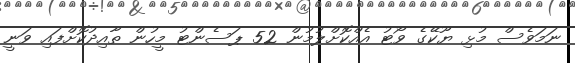
ނަމަވެސް މުޅި ޔޫކޭގެ ވޯޓު އެއްކޮށްލުމުން 52 ޕަސެންޓު މީހުން ތާއިދުކޮށްފައި ވަނީ